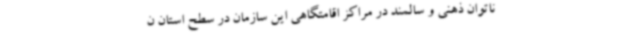
ناتوان ذهنی و سالمند در مراکز اقامتگاهی این سازمان در سطح استان ن